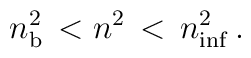
n_{\rm b}^2 \,< n^2 \, < \, n_{\rm inf}^2 \, .